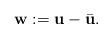
LaTeX: \begin{align*}\textbf{w}:=\textbf{u}-\bar{\textbf{u}}. \end{align*}